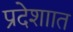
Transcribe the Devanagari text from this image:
प्रदेशाात